Civil Veterinary Dept. Assam report 1911-1927 - 1911-1927
Year: 1911
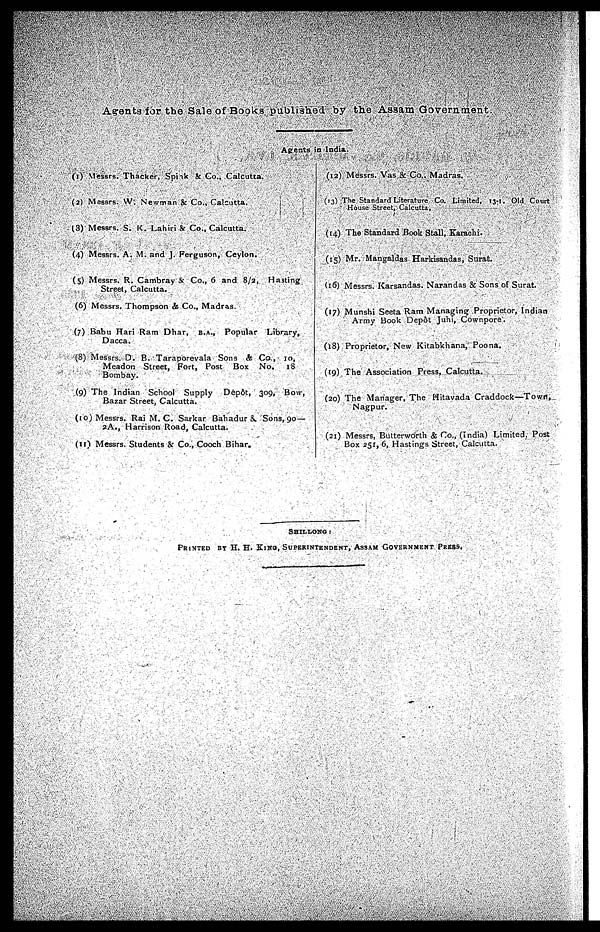
Agents for the Sale of Books published by the Assam Government.
Agents in India.
(1) Messrs. Thacker, Spink & Co., Calcutta.
(2) Messrs. W. Newman & Co., Calcutta.
(3) Messrs. S. K. Lahiri & Co., Calcutta.
(4) Messrs. A. M. and J. Ferguson, Ceylon.
(5) Messrs. R. Cambray & Co., 6 and 8/2, Hasting
Street, Calcutta.
(6) Messrs. Thompson & Co., Madras.
(7) Babu Hari Ram Dhar, B.A., Popular Library,
Dacca.
(8) Messrs. D. B. Taraporevala Sons & Co., 10,
Meadon Street, Fort, Post Box No.
18
Bombay.
(9) The Indian School Supply
Depôt, 309, Bow,
Bazar Street, Calcutta.
(10) Messrs. Rai M. C. Sarkar Bahadur &. Sons, 90 —
2A., Harrison Road, Calcutta.
(11) Messrs. Students & Co., Cooch Bihar.
(12) Messrs. Vas & Co.. Madras.
(13) The Standard Literature Co. Limited, 13-1. Old Court
House Street, Calcutta,
(14) The Standard Book Stall, Karachi.
(15) Mr. Mangaldas Harkisandas, Surat.
(16) Messrs. Karsandas. Narandas & Sons of Surat.
(17) Munshi Seeta Ram Managing Proprietor, Indian
Army Book Depôt Juhi, Cownpore.
(18) Proprietor, New Kitabkhana, Poona.
(19) The Association Press, Calcutta.
(20) The Manager, The Hitavada Craddock—Town,
Nagpur.
(21) Messrs, Butterworth & Co., (India) Limited, Post
Box 251, 6, Hastings Street, Calcutta.
SHILLONG :
PRINTED BY H. H. KING, SUPERINTENDENT, ASSAM GOVERNMENT PRESS.